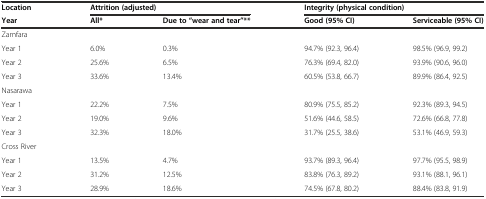
| Location | <COLSPAN=2> Attrition (adjusted) | <COLSPAN=2> Integrity (physical condition) |
 | Year | All* | Due to “wear and tear”** | Good (95% CI) | Serviceable (95% CI) |
 | --- | --- | --- | --- | --- |
 | Zamfara |  |  |  |  |
 | Year 1 | 6.0% | 0.3% | 94.7% (92.3, 96.4) | 98.5% (96.9, 99.2) |
 | Year 2 | 25.6% | 6.5% | 76.3% (69.4, 82.0) | 93.9% (90.6, 96.0) |
 | Year 3 | 33.6% | 13.4% | 60.5% (53.8, 66.7) | 89.9% (86.4, 92.5) |
 | Nasarawa |  |  |  |  |
 | Year 1 | 22.2% | 7.5% | 80.9% (75.5, 85.2) | 92.3% (89.3, 94.5) |
 | Year 2 | 19.0% | 9.6% | 51.6% (44.6, 58.5) | 72.6% (66.8, 77.8) |
 | Year 3 | 32.3% | 18.0% | 31.7% (25.5, 38.6) | 53.1% (46.9, 59.3) |
 | Cross River |  |  |  |  |
 | Year 1 | 13.5% | 4.7% | 93.7% (89.3, 96.4) | 97.7% (95.5, 98.9) |
 | Year 2 | 31.2% | 12.5% | 83.8% (76.3, 89.2) | 93.1% (88.1, 96.1) |
 | Year 3 | 28.9% | 18.6% | 74.5% (67.8, 80.2) | 88.4% (83.8, 91.9) |